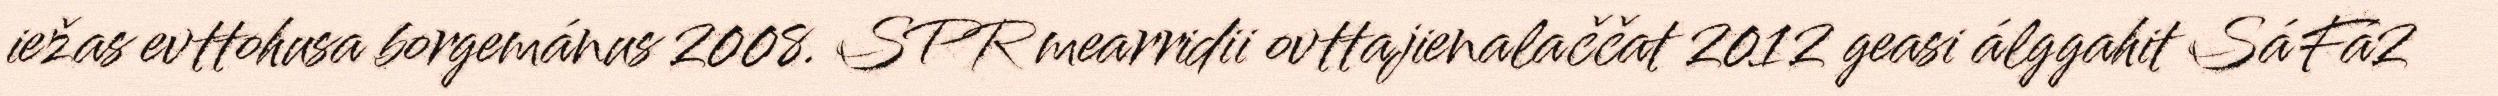
iežas evttohusa borgemánus 2008. SPR mearridii ovttajienalaččat 2012 geasi álggahit SáFá2